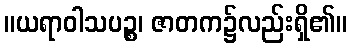
။ယရာဝါသပဉ္စ၊ ဇာတက၌လည်းရှိ၏။